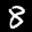
Label: 8